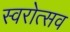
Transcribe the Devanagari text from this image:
स्वरोत्सव